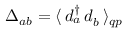
\Delta _ { a b } = \langle \, d _ { a } ^ { \dagger } \, d _ { b } ^ { \phantom { \dagger } } \, \rangle _ { q p }